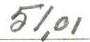
51,01